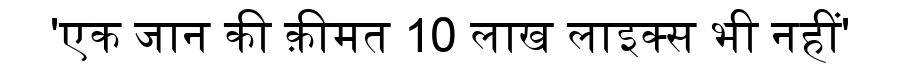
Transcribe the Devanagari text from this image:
'एक जान की क़ीमत 10 लाख लाइक्स भी नहीं'